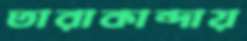
তারাকান্দায়